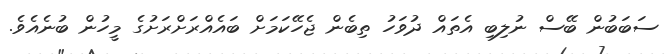
ސަބަބުން ބޭސް ނުލިބި އެތައް ދުވަހު ތިބެން ޖެހޭކަމަށް ބައެއްރަށްރަށުގެ މީހުން ބުނެއެވެ.